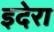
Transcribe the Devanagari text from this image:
इदेरा